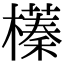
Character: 𣝾